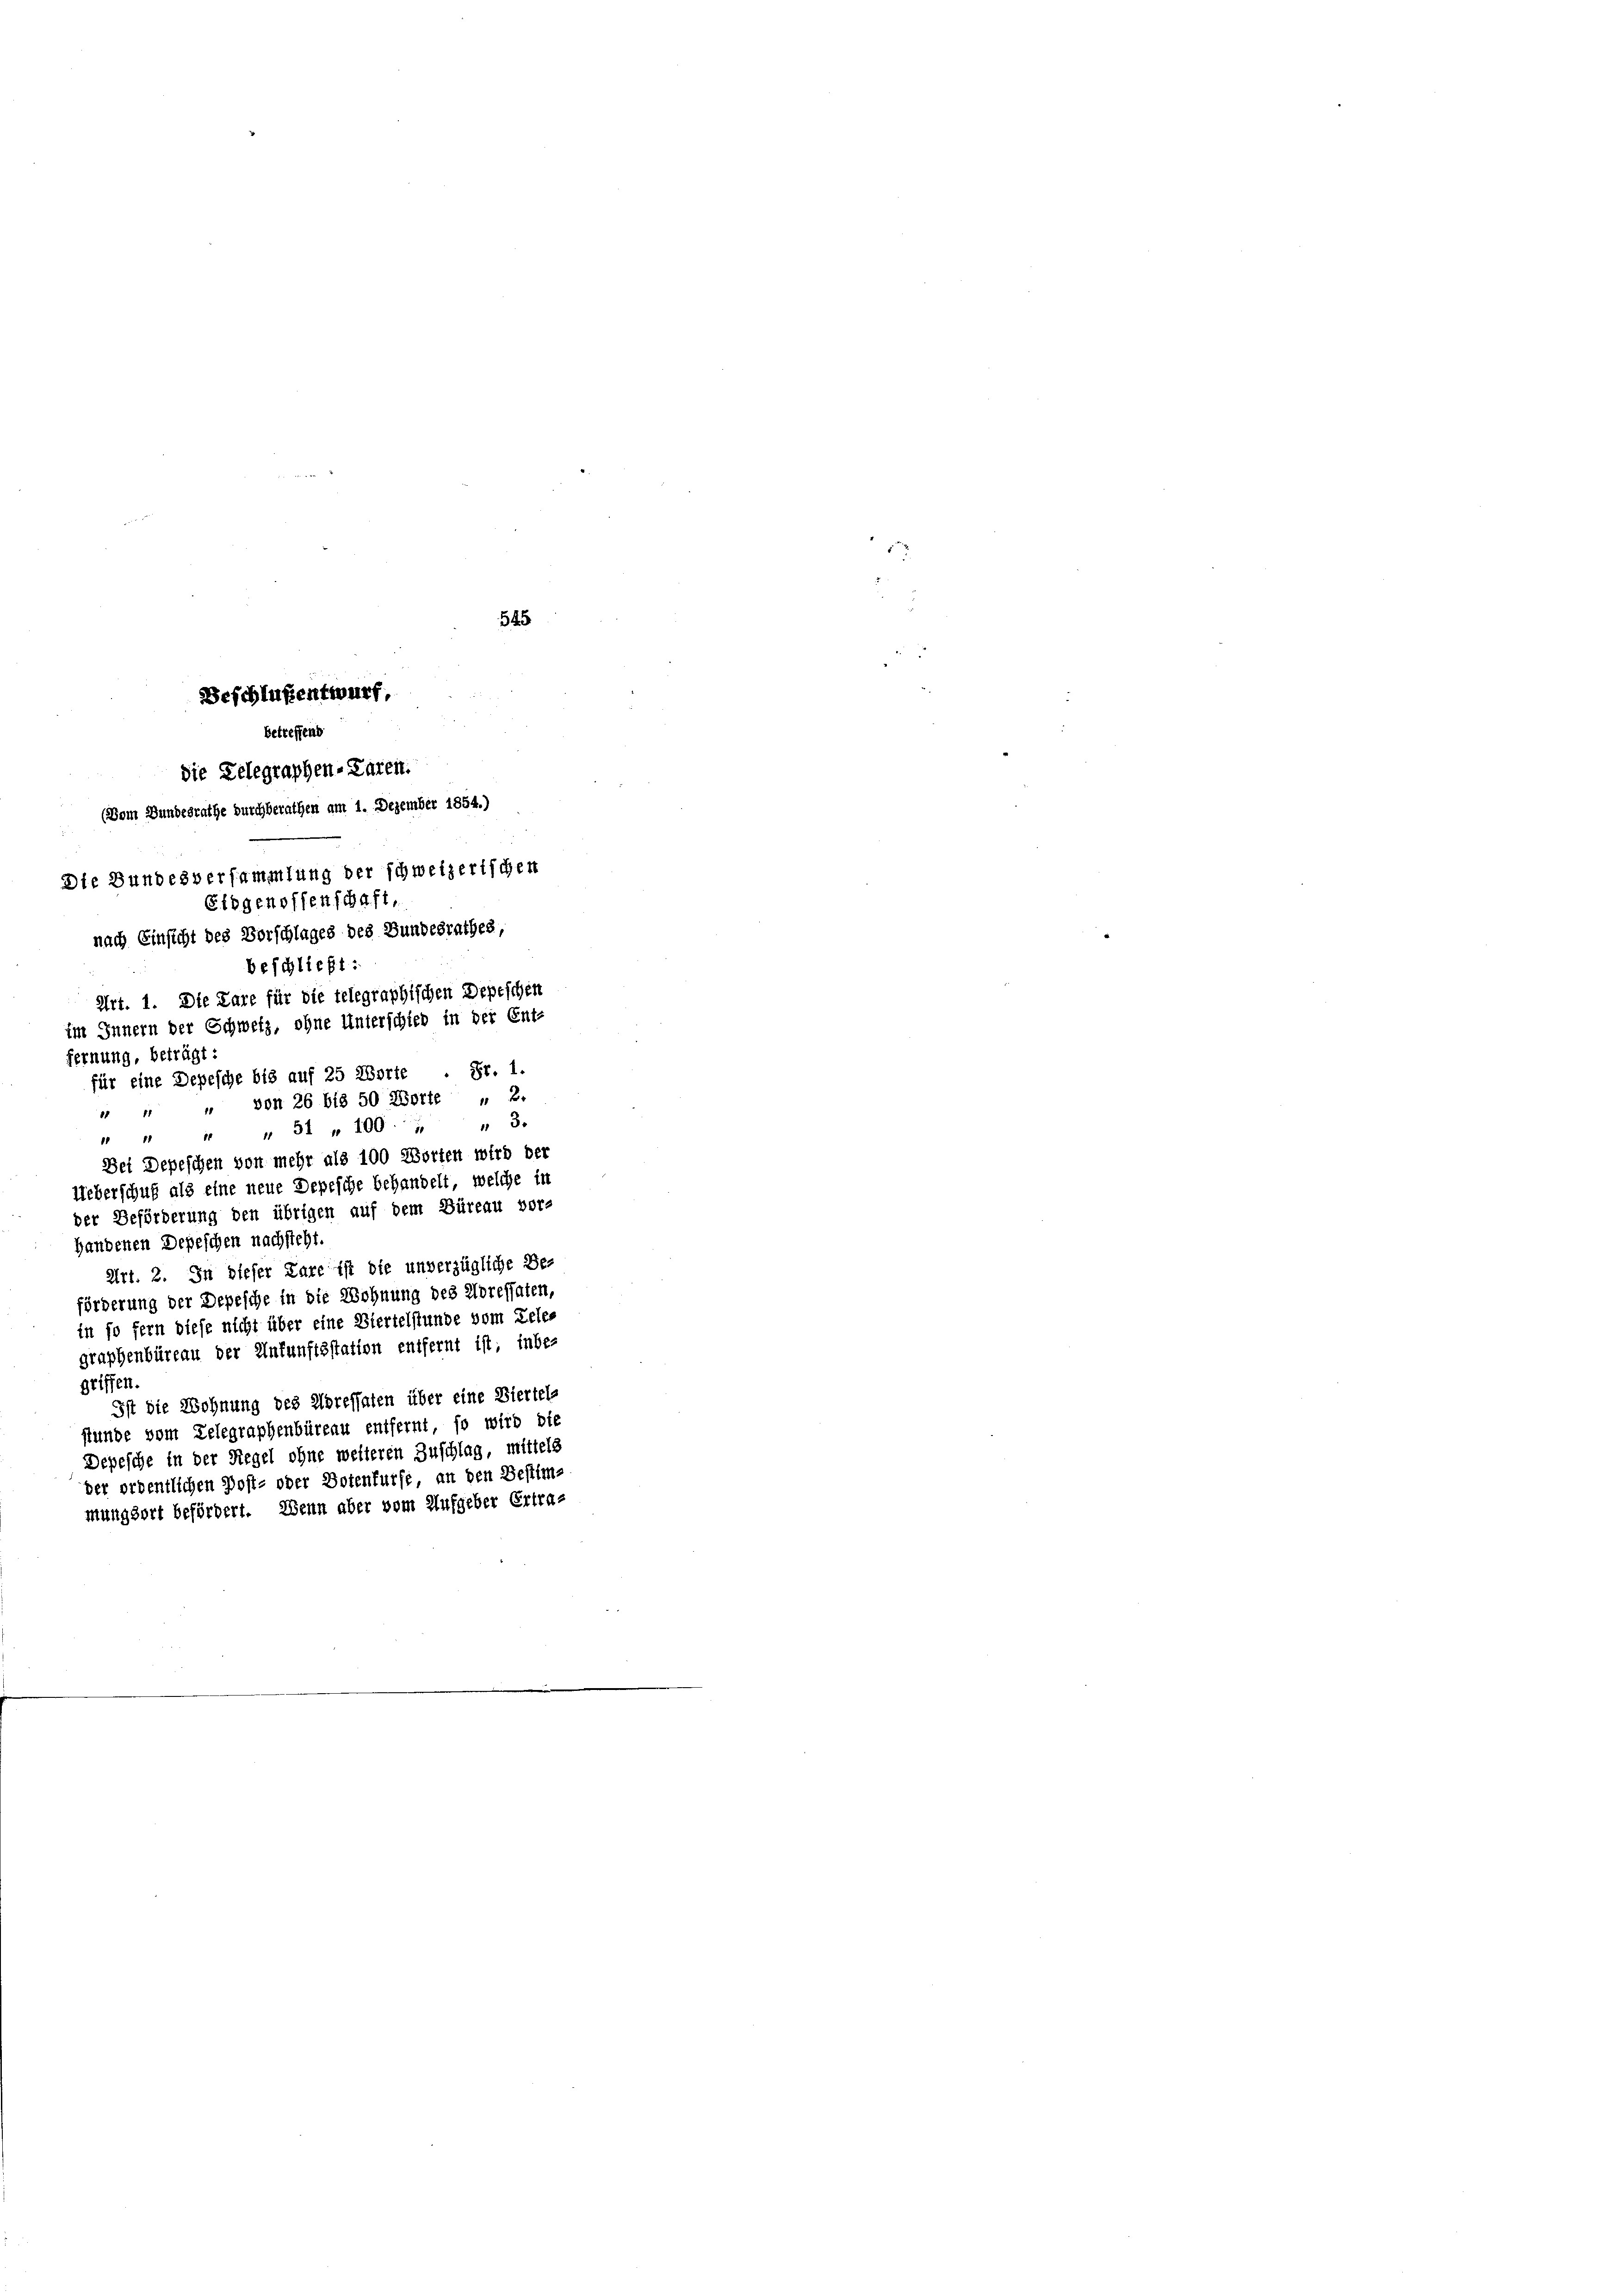
d
Die Bundesversammlung der schweizerischen
Eidgenoffenschaft,
nach Einsicht des Vorschlages des Bundesrathes
beschließt:
Art. 1. Die Lare für die telegraphischen Depeschen
im Innern der Schweiz, ohne Unterschied in der Ent-

fernung, beträgt:
für eine Depesche bis auf 25 Aborte . Fr. 1.
 " " von 26 bis 50 Worte „ 2.
" " " " 31 " 100.) " 3.
Bei Depeschen von mehr als 100 Worten wird der
Ueberschuß als eine neue Depesche behandelt, welche in
der Beförderung den übrigen auf dem Büreau vor-
Handenen Depeschen nachsteht.
Art. 2. In dieser Pare ist die unverzügliche Be-
förderung der Depesche in die Wohnung des Adressaten,
in so fern diese nicht über eine Viertelstunde vom Releg
graphenbüreau der Unfunftsstation entfernt ist; inbe-
griffen.
Ist die Wohnung des Adressaten über eine Viertels
stunde vom Telegraphenbüreau entfernt, so wird die
Depesche in der Regel ohne weiteren Zuschlag, mittels
der ordentlichen Post- oder Dotenfürfe, an den Bestimmungsort befördert. Wenn aber vom Aufgeber Ertra¬

545
Beschlußentwurf,
betreffend
die Delegraphen-Paren.
(Dem Bundesrathe durchberathen am 1. Dezember 1854.)